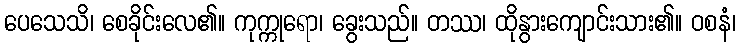
ပေသေသိ၊ စေခိုင်းလေ၏။ ကုက္ကုရော၊ ခွေးသည်။ တဿ၊ ထိုနွားကျောင်းသား၏။ ဝစနံ၊